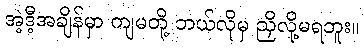
အဲ့ဒီ့အချိန်မှာ ကျမတို့ ဘယ်လိုမှ ညှိလို့မရဘူး။